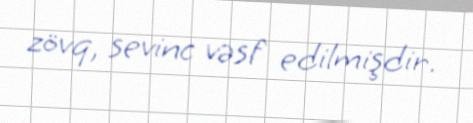
zövq, sevinc vəsf edilmişdir.